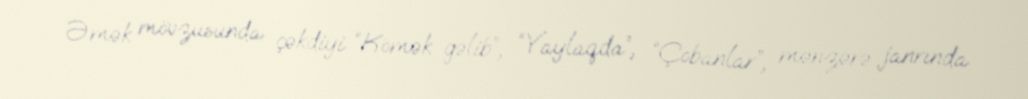
Əmək mövzusunda çəkdiyi “Kömək gəlib”, “Yaylaqda”, “Çobanlar”, mənzərə janrında